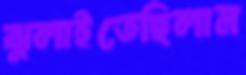
ঝুলাইতেছিলাম